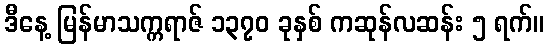
ဒီနေ့ မြန်မာသက္ကရာဇ် ၁၃၇၀ ခုနှစ် ကဆုန်လဆန်း ၅ ရက်။